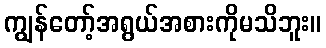
ကျွန်တော့်အရွယ်အစားကိုမသိဘူး။